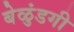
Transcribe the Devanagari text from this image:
बेळुंडगी